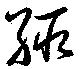
緅